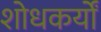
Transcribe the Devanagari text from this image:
शोधकर्यों